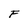
Character: F